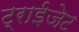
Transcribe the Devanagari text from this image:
ट्राईजेट